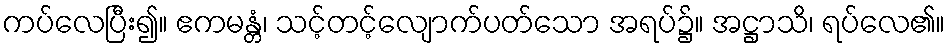
ကပ်လေပြီး၍။ ဧကမန္တံ၊ သင့်တင့်လျောက်ပတ်သော အရပ်၌။ အဋ္ဌာသိ၊ ရပ်လေ၏။